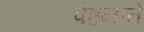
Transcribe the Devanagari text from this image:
पेहनाते